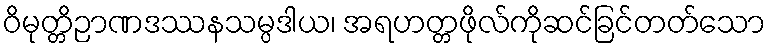
ဝိမုတ္တိဉာဏဒဿနသမ္ပဒါယ၊ အရဟတ္တဖိုလ်ကိုဆင်ခြင်တတ်သော